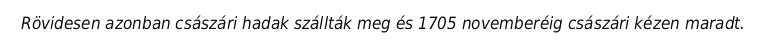
Rövidesen azonban császári hadak szállták meg és 1705 novemberéig császári kézen maradt.